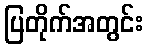
ပြတိုက်အတွင်း